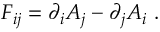
F _ { i j } = \partial _ { i } A _ { j } - \partial _ { j } A _ { i } \ .